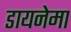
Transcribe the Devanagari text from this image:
डायनेमा